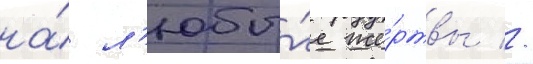
на́ л'юбы́е же́ртвы //